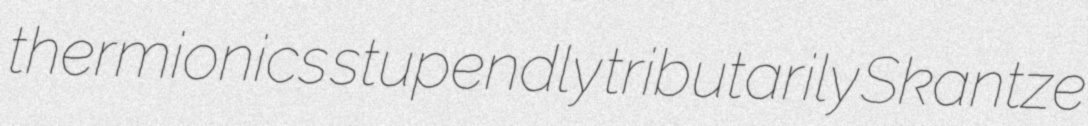
thermionics stupendly tributarily Skantze